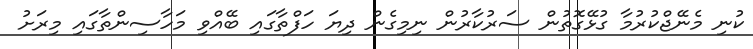
ކުނި މެނޭޖްކުރުމާ ގުޅޭގޮތުން ސަރުކާރުން ނިމިގެން ދިޔަ ހަފްތާގައި ބޭއްވި މަހާސިންތާގައި މިރަށު